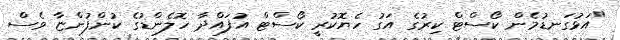
"އަޅުގަނޑުމެން ކޯސްޓް ކިރުގެ އަގު ހެޔޮކުރީ ކޯސްޓް އުފައްދާ ހޮލެންޑުގެ ކުންފުންޏާ ވެސް